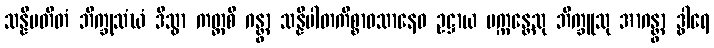
သန္နိပတိတံ ဘိက္ခုသံဃံ ဒိသွာ ကတ္ထစိ ဂန္တွာ သန္နိပါတကိစ္စာဝသာနေဝ ဥဋ္ဌာယ ပက္ကန္တေသု ဘိက္ခူသု အာဂန္တွာ ဒွါရေ